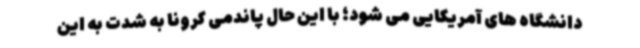
دانشگاه های آمریکایی می شود؛ با این حال پاندمی کرونا به شدت به این